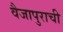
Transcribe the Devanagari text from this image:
वैजापुराची